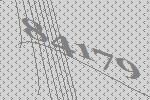
84179